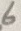
Text: 6